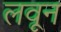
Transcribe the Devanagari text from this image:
लवून